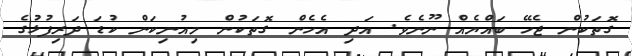
ގޮތަކުން ޖެހޭ ބައްޔެއް ނޫނެވެ. އަދި އެހެން ގޮތަކުން މިއުނިކަން ކުޑަ ދަރިފުޅުގެ